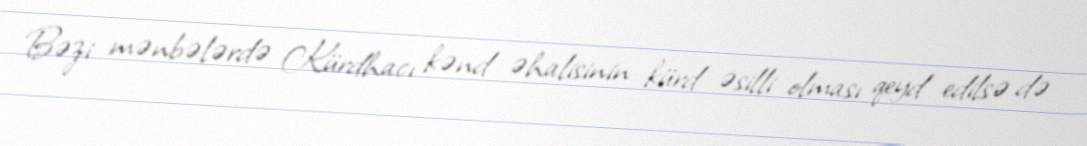
Bəzi mənbələrdə Kürdhacı kənd əhalisinin kürd əsilli olması qeyd edilsə də